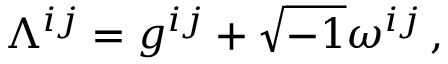
\Lambda ^ { i j } = g ^ { i j } + \sqrt { - 1 } \omega ^ { i j } \, ,